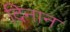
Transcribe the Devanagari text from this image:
दिनान